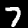
Label: 7